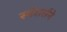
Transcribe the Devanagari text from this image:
स्मॅशर्सने